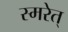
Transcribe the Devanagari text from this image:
स्मरेत्